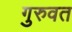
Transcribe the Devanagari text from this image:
गुरुवत